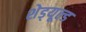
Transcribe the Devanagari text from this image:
शेड्‌यूल्ड